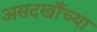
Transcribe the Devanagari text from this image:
असदखाँच्या